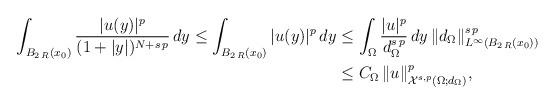
LaTeX: \begin{align*}\int_{B_{2\,R}(x_0)} \frac{|u(y)|^p}{(1+|y|)^{N+s\,p}}\,dy\le \int_{B_{2\,R}(x_0)} |u(y)|^p\,dy&\le \int_{\Omega} \frac{|u|^p}{d_\Omega^{s\,p}}\,dy\,\|d_\Omega\|^{s\,p}_{L^\infty(B_{2\,R}(x_0))}\\&\le C_\Omega\,\|u\|^p_{\mathcal{X}^{s,p}(\Omega;d_\Omega)},\end{align*}